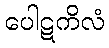
ပေါဋကိလံ